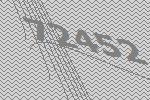
72452